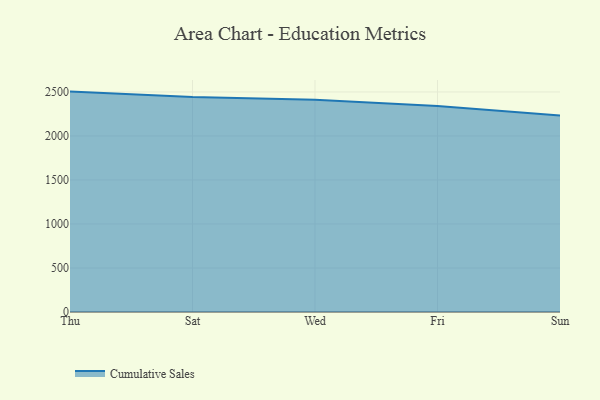
{"axis": {"x": "Day", "y": "Net Income (USD K)"}, "legend": ["Cumulative Sales"], "data": [{"x": "Thu", "y": 2504.0, "type": "Cumulative Sales"}, {"x": "Sat", "y": 2441.4, "type": "Cumulative Sales"}, {"x": "Wed", "y": 2411.7, "type": "Cumulative Sales"}, {"x": "Fri", "y": 2339.1, "type": "Cumulative Sales"}, {"x": "Sun", "y": 2233.6, "type": "Cumulative Sales"}]}